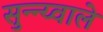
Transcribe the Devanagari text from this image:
सुन्न्य्वाले